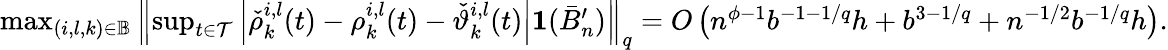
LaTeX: \begin{array}{r}{\operatorname*{max}_{(i,l,k)\in\mathbb{B}}\left\| \operatorname*{sup}_{t\in\mathcal{T}}\left|\check{\rho}_{k}^{i,l}(t)-\rho_{k}^{i,l}(t)-\check{\vartheta}_{k}^{i,l}(t)\right|\mathbf 1(\bar{B}_{n}^{\prime})\right\| _{q}=O\left(n^{\phi-1}b^{-1-1/q}h+b^{3-1/q}+n^{-1/2}b^{-1/q}h\right).}\end{array}